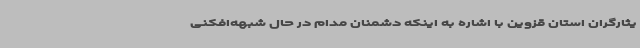
یثارگران استان قزوین با اشاره به اینکه دشمنان مدام در حال شبهه‌افکنی